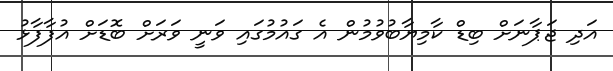
އަދި ޖަޕާނަށް ބިޑް ކާމިޔާބުވުމުން އެ ގައުމުގައި ވަނީ ވަރަށް ބޮޑަށް އުފާފާޅު